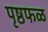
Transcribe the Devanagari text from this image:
पृष्ठफळ